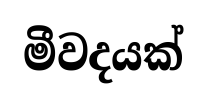
මීවදයක්